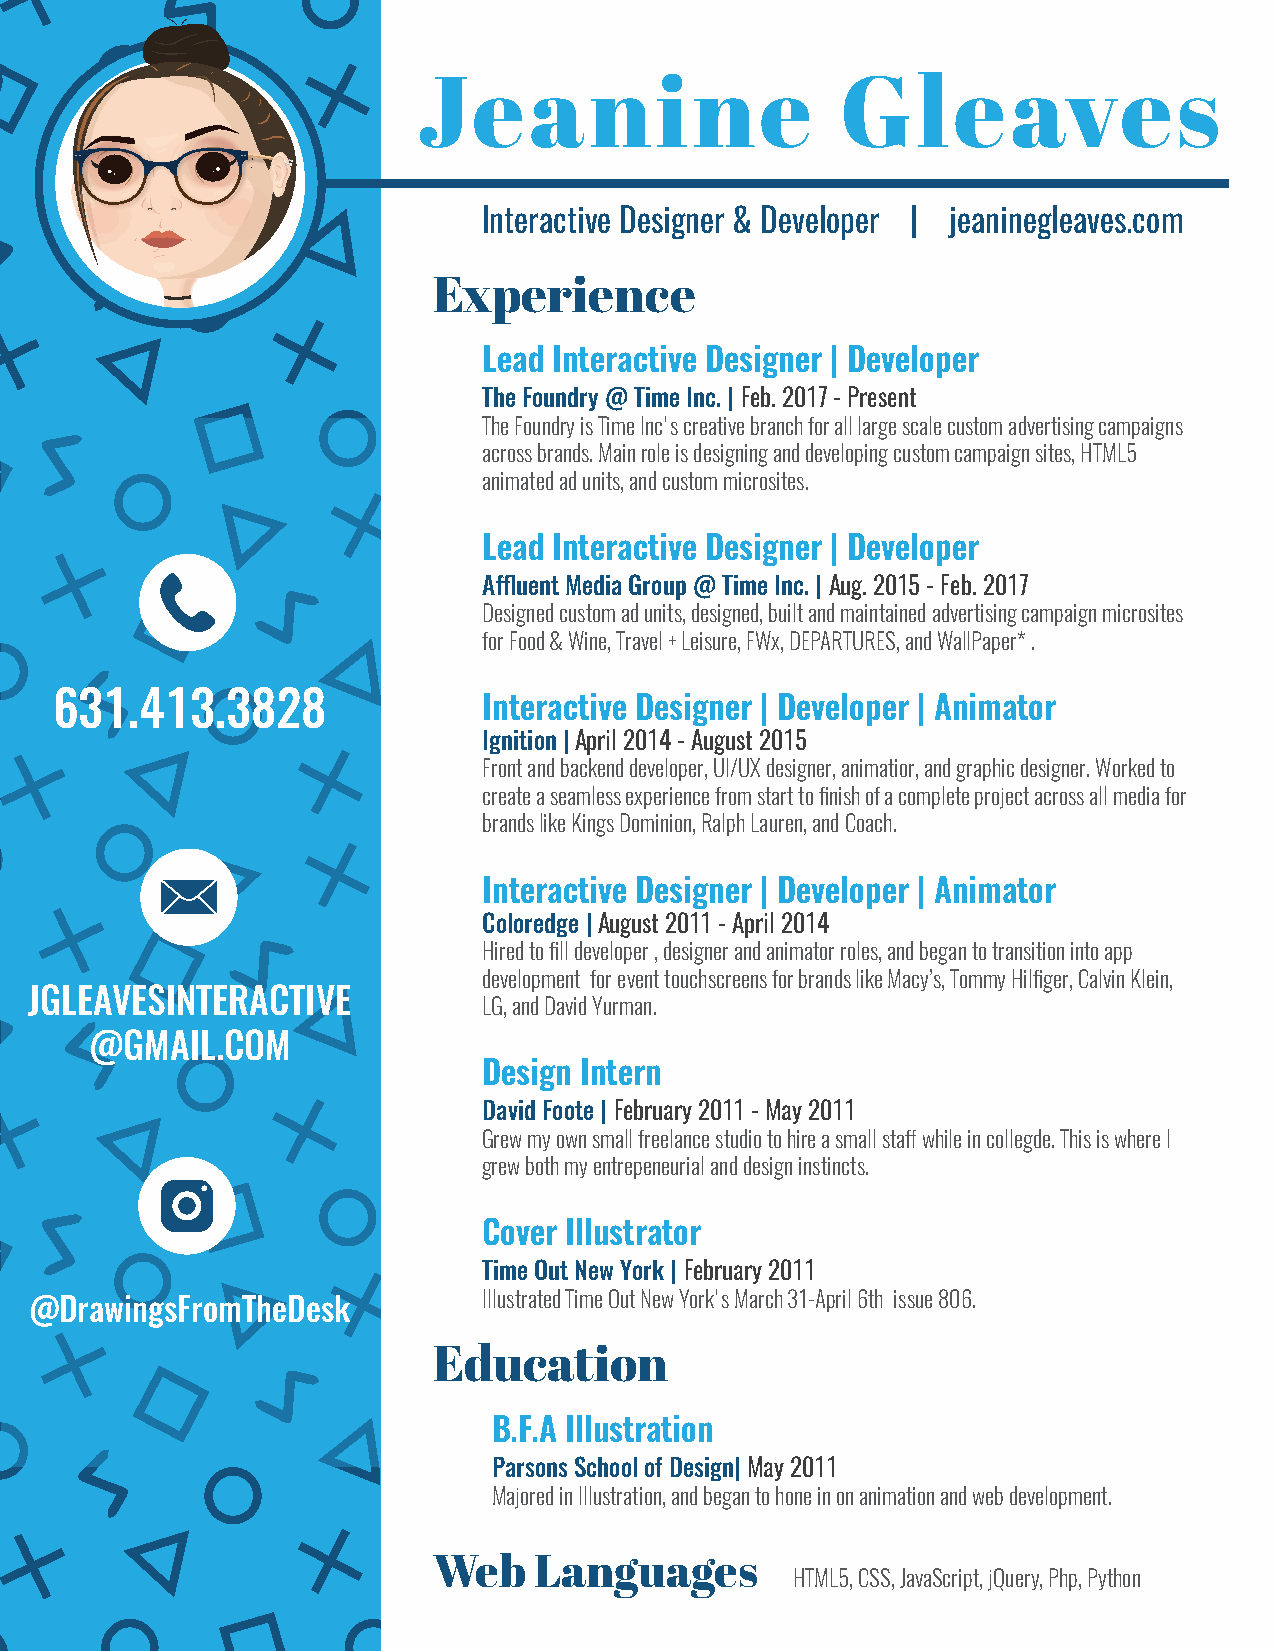
Interactive Designer & Developer | jeaninegleaves.com
 Experience
 Lead Interactive Designer | Developer
 The Foundry @ Time Inc. | Feb. 2017 - Present
 The Foundry is Time Inc's creative branch for all large scale custom advertising campaigns
 across brands. Main role is designing and developing custom campaign sites, HTML5
 animated ad units, and custom microsites.
 Lead Interactive Designer | Developer
 Affluent Media Group @ Time Inc. | Aug. 2015 - Feb. 2017
 Designed custom ad units, designed, built and maintained advertising campaign microsites
 for Food & Wine, Travel + Leisure, FWx, DEPARTURES, and WallPaper* .
 631.413.3828                 Interactive Designer | Developer | Animator
 Ignition | April 2014 - August 2015
 Front and backend developer, UI/UX designer, animatior, and graphic designer. Worked to
 create a seamless experience from start to finish of a complete project across all media for
 brands like Kings Dominion, Ralph Lauren, and Coach.
 Interactive Designer | Developer | Animator
 Coloredge | August 2011 - April 2014
 Hired to fill developer , designer and animator roles, and began to transition into app
 development for event touchscreens for brands like Macy’s, Tommy Hilfiger, Calvin Klein,
 JGLEAVESINTERACTIVE
 LG, and David Yurman.
 @GMAIL.COM
 Design Intern
 David Foote | February 2011 - May 2011
 Grew my own small freelance studio to hire a small staff while in collegde. This is where I
 grew both my entrepeneurial and design instincts.
 Cover Illustrator
 Time Out New York | February 2011
 Illustrated Time Out New York's March 31-April 6th issue 806.
 @DrawingsFromTheDesk
 Education
 B.F.A Illustration
 Parsons School of Design| May 2011
 Majored in Illustration, and began to hone in on animation and web development.
 Web   Languages
 HTML5, CSS, JavaScript, jQuery, Php, Python